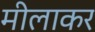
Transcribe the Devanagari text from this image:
मीलाकर